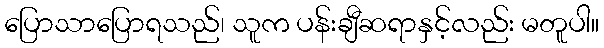
ပြောသာပြောရသည်၊ သူက ပန်းချီဆရာနှင့်လည်း မတူပါ။